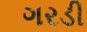
ગરડી